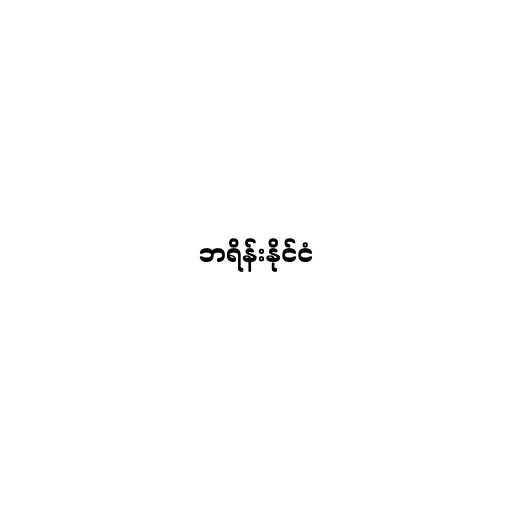
ဘရိန်းနိုင်ငံ